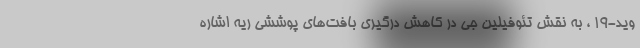
وید-۱۹ ، به نقش تئوفیلین جی در کاهش درگیری بافت‌های پوششی ریه اشاره